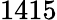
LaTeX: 1415